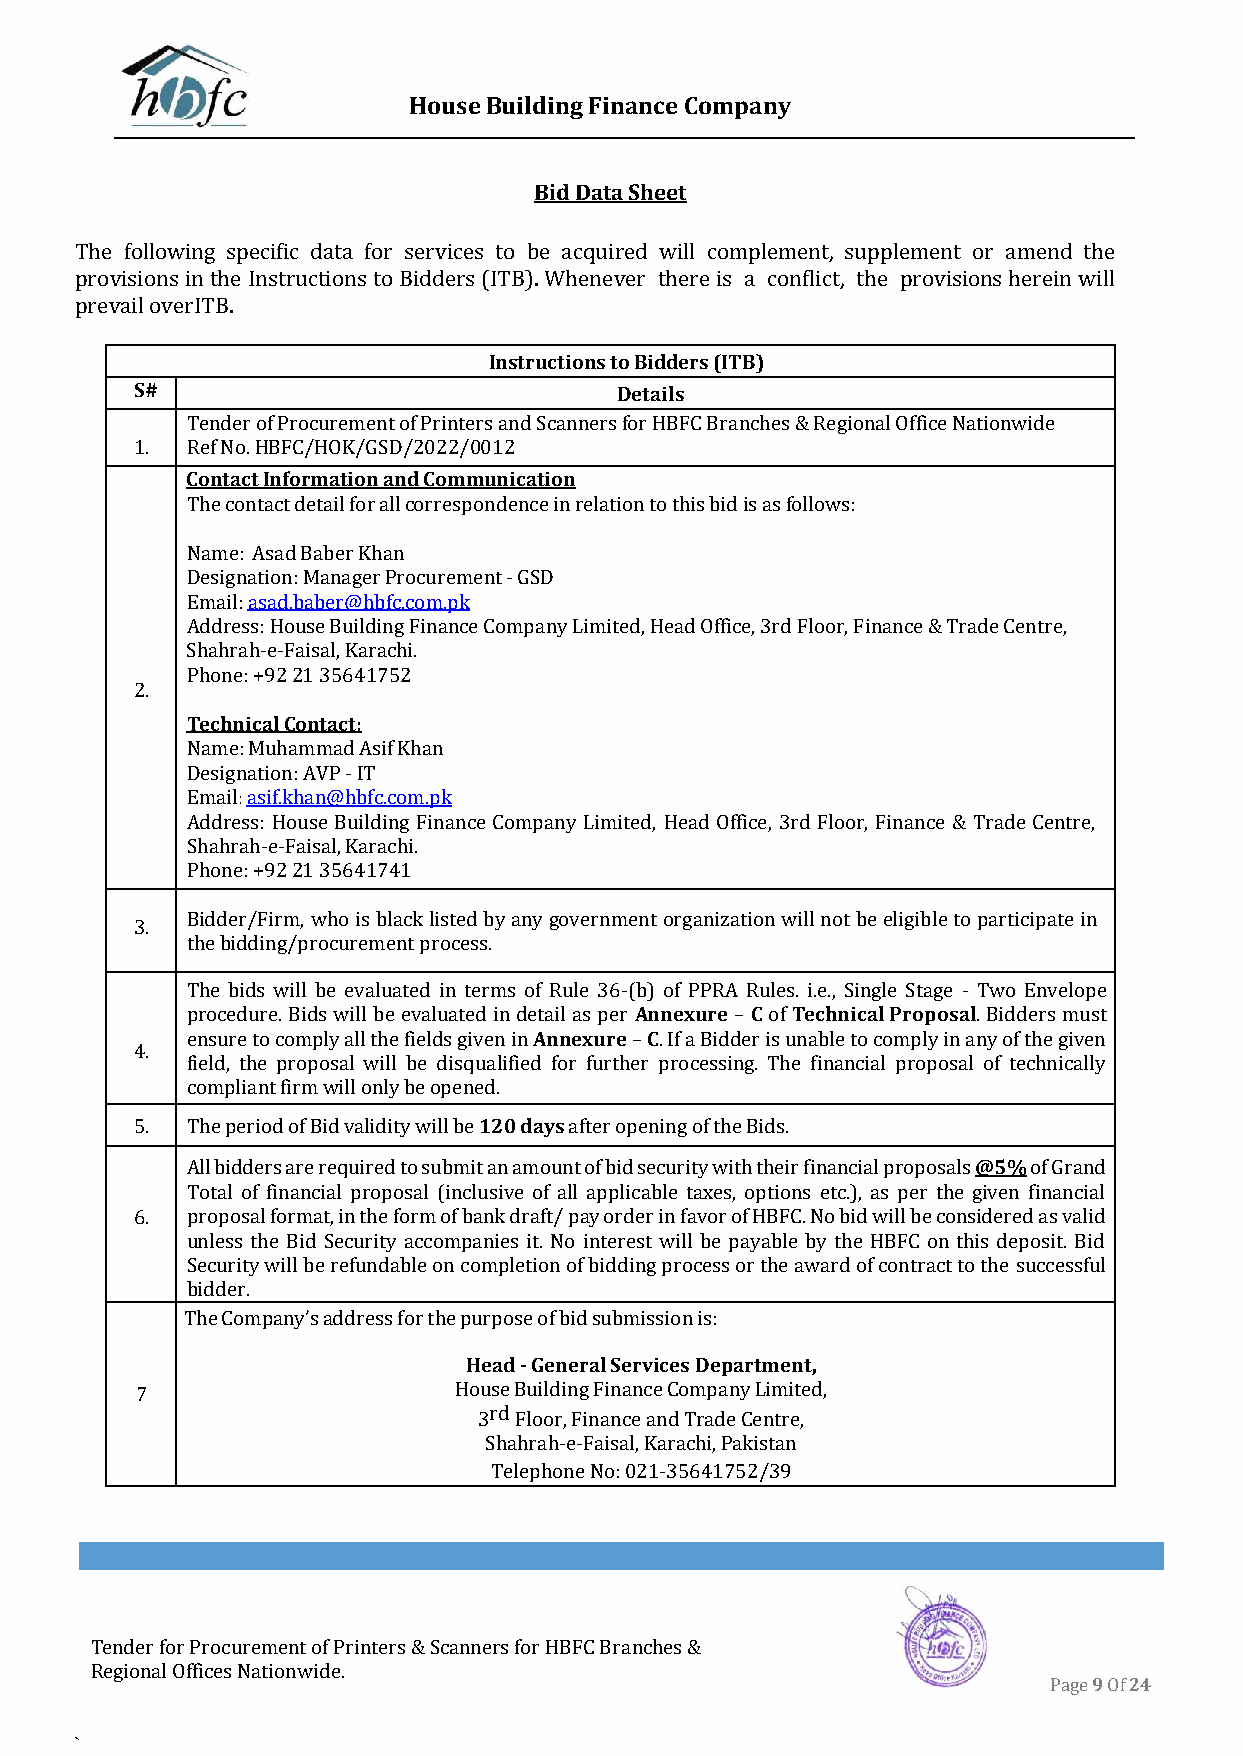
House Building Finance Company
 Bid Data Sheet
 The following specific data for services to be acquired will complement, supplement or amend the
 provisions in the Instructions to Bidders (ITB). Whenever there is a conflict, the provisions herein will
 prevail over ITB.
 Instructions to Bidders (ITB)
 S#                              Details
 Tender of Procurement of Printers and Scanners for HBFC Branches & Regional Office Nationwide
 1. Ref No. HBFC/HOK/GSD/2022/0012
 Contact Information and Communication
 The contact detail for all correspondence in relation to this bid is as follows:
 Name: Asad Baber Khan
 Designation: Manager Procurement - GSD
 Email: asad.baber@hbfc.com.pk
 Address: House Building Finance Company Limited, Head Office, 3rd Floor, Finance & Trade Centre,
 Shahrah-e-Faisal, Karachi.
 Phone: +92 21 35641752
 2.
 Technical Contact:
 Name: Muhammad Asif Khan
 Designation: AVP - IT
 Email: asif.khan@hbfc.com.pk
 Address: House Building Finance Company Limited, Head Office, 3rd Floor, Finance & Trade Centre,
 Shahrah-e-Faisal, Karachi.
 Phone: +92 21 35641741
 Bidder/Firm, who is black listed by any government organization will not be eligible to participate in
 3.
 the bidding/procurement process.
 The bids will be evaluated in terms of Rule 36-(b) of PPRA Rules. i.e., Single Stage - Two Envelope
 procedure. Bids will be evaluated in detail as per Annexure – C of Technical Proposal. Bidders must
 ensure to comply all the fields given in Annexure – C. If a Bidder is unable to comply in any of the given
 4.
 field, the proposal will be disqualified for further processing. The financial proposal of technically
 compliant firm will only be opened.
 5. The period of Bid validity will be 120 days after opening of the Bids.
 All bidders are required to submit an amount of bid security with their financial proposals @5% of Grand
 Total of financial proposal (inclusive of all applicable taxes, options etc.), as per the given financial
 6. proposal format, in the form of bank draft/ pay order in favor of HBFC. No bid will be considered as valid
 unless the Bid Security accompanies it. No interest will be payable by the HBFC on this deposit. Bid
 Security will be refundable on completion of bidding process or the award of contract to the successful
 bidder.
 The Company’s address for the purpose of bid submission is:
 Head - General Services Department,
 7                    House Building Finance Company Limited,
 3rd Floor, Finance and Trade Centre,
 Shahrah-e-Faisal, Karachi, Pakistan
 Telephone No: 021-35641752/39
 Tender for Procurement of Printers & Scanners for HBFC Branches &
 Regional Offices Nationwide.
 Page 9 Of 24
 `